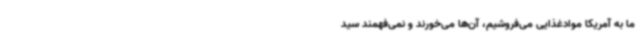
ما به آمریکا موادغذایی می‌فروشیم، آن‌ها می‌خورند و نمی‌فهمند سید